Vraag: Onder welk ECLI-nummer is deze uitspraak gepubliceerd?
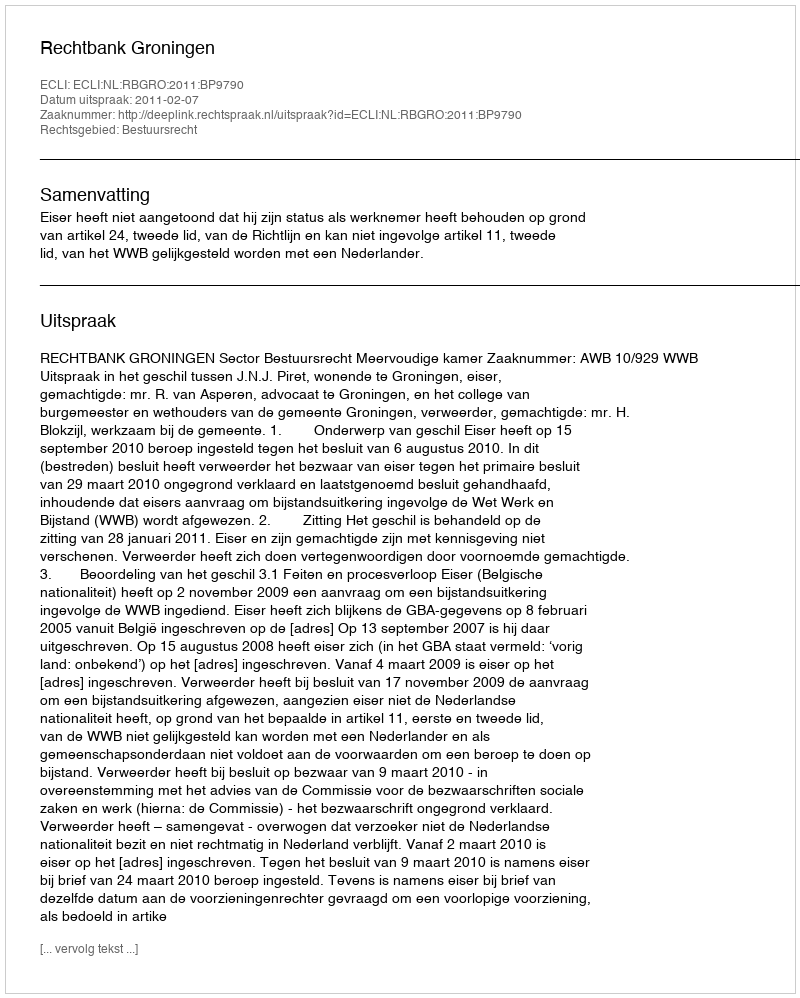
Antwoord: ECLI:NL:RBGRO:2011:BP9790